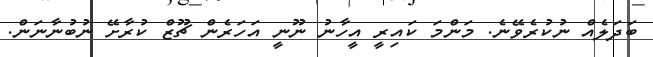
ބަދަލެއް ނުކުރެވޭނެ. މަންމަ ކައިރީ އީހާނު ނޫނީ އަހަރެން ޗޫޒް ކުރާށޭ ނުބުނާނަން.